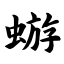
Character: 蝣